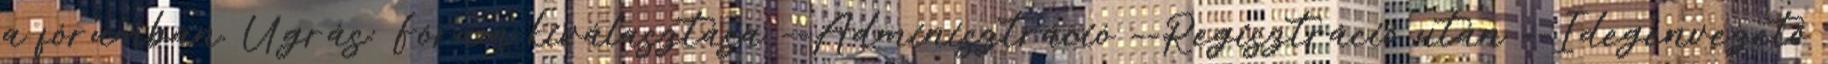
a fórumban. Ugrás: Fórum kiválasztása --Adminisztráció --Regisztráció után --Idegenvezető